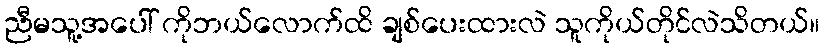
ညီမသူ့အပေါ် ကိုဘယ်လောက်ထိ ချစ်ပေးထားလဲ သူကိုယ်တိုင်လဲသိတယ်။